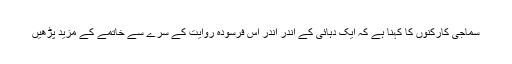
سماجی کارکنوں کا کہنا ہے کہ ایک دہائی کے اندر اندر اس فرسودہ روایت کے سرے سے خاتمے کے مزید پڑھیں